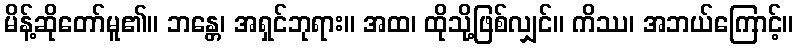
မိန့်ဆိုတော်မူ၏။ ဘန္တေ၊ အရှင်ဘုရား။ အထ၊ ထိုသို့ဖြစ်လျှင်။ ကိဿ၊ အဘယ်ကြောင့်။